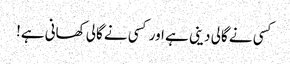
کسی نے گالی دینی ہے اور کسی نے گالی کھانی ہے!